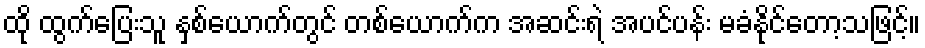
ထို ထွက်ပြေးသူ နှစ်ယောက်တွင် တစ်ယောက်က အဆင်းရဲ အပင်ပန်း မခံနိုင်တော့သဖြင့်။